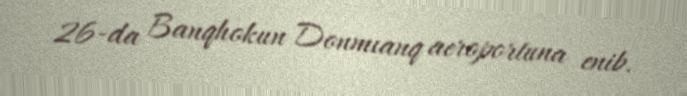
26-da Banqhokun Donmıanq aeroportuna enib.